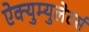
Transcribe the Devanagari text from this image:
ऐक्युम्युलेटर्स